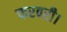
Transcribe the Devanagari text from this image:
फरवरी।